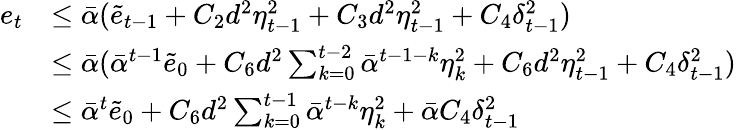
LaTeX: \begin{array}{rl}{e_{t}}&{\leq\bar{\alpha}(\tilde{e}_{t-1}+C_{2}d^{2}\eta_{t-1}^{2}+C_{3}d^{2}{\eta_{t-1}^{2}}+C_{4}\delta_{t-1}^{2})}\\ &{\leq\bar{\alpha}(\bar{\alpha}^{t-1}\tilde{e}_{0}+C_{6}d^{2}\sum_{k=0}^{t-2}\bar{\alpha}^{t-1-k}\eta_{k}^{2}+C_{6}d^{2}\eta_{t-1}^{2}+C_{4}\delta_{t-1}^{2})}\\ &{\leq\bar{\alpha}^{t}\tilde{e}_{0}+C_{6}d^{2}\sum_{k=0}^{t-1}\bar{\alpha}^{t-k}\eta_{k}^{2}+\bar{\alpha}C_{4}\delta_{t-1}^{2}}\end{array}